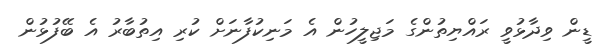
ޑީން ވިދާޅުވީ ރައްޔިތުންގެ މަޖިލީހުން އެ މަނިކުފާނަށް ކުރި އިތުބާރު އެ ބޭފުޅުން